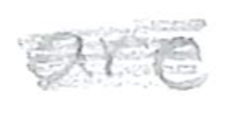
Text: are
Cross-out: mix
Writing tool: pencil